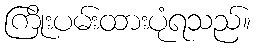
ကြိုးပမ်းထားပုံရသည်။